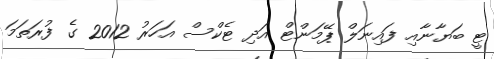
ޓީ ބަޔާނާއި ފައިނަލް ޕޭމަންޓް އަދި ޓެކްސް އަހަރު 2012 ގެ ފުރަތަމަ